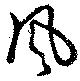
風